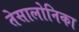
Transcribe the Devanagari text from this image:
तेसालोनिका